King Institute of Preventive Medicine Micro-Biological Section reports 1909-11
Year: 1909
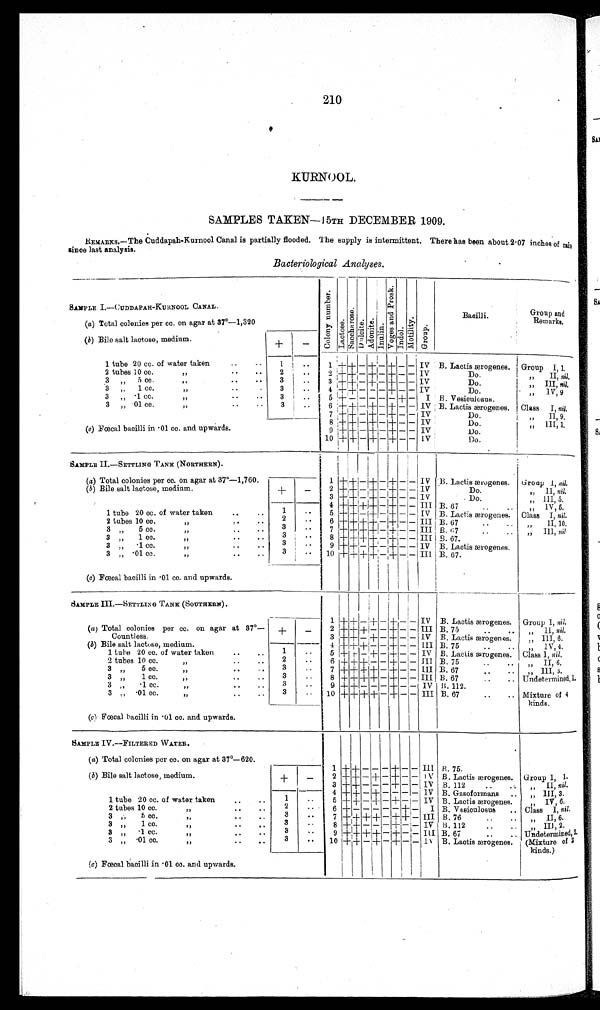
210
KURNOOL.
SAMPLES TAKEN-15TH DECEMBER 1909.
REMARKS,—The Cuddapah-Kurnool Canal is partially flooded. The supply is intermittent. There has been about 2 . 07 inches of rain
since last analysis.
Bacteriological Analyses.
SAMPLE I.—CUDDAPAH-KUR NOOL CANAL.
(a) Total colonies per cc. on agar at 37°—1,320
C o l o n y N u m b e r .
L a c t o s e .
S a c c h a r o s e .
Dul ci t e.
Adoni t e. Inul i n.
V o g e s a n d P r o s k .
Indol.
Mot i l i t y. G r o u p .
Bacilli.
Group and
Remarks.
(b) Bile salt lactose, medium.
+
-
1 tube 20 cc.
of
water taken
1
1
+ + - + - + - - IV B. Lactis ærogenes. Group I, 1.
2 tubes 10 cc.
"
2
2 + + - + - + - - IV
Do
"
II, nil.
3 " 5 cc.
"
3
3 + + - + - + - - IV
Do.
" III, nil.
3 "
1 cc.
"
.
3
4 + + - - - + - - IV
Do.
" 1V, 9
3 „ 1 cc.
"
3
.. 5 + - - - - - + -
I B. Vesiculosus.
3 „ 01 cc.
"
3
6 + + - + - + - - IV B. Lactis aarogenes. Class I, nil.
7 + + - + - + - - IV
Do
"
II, 9.
8 + + - + - + - - IV
Do.
" III, 1.
(c ) Fcecal bacilli in 01 cc. and upwards.
9 + + - + - + - - IV
Do.
10 + + - + -
+ - - IV
Do.
SAMPLE IL—SETTLING TANIC (NORTHERN).
(a ) Total colonies per cc. on agar at 37°—1,760.
(b) Bile salt lactose, medium.
+
-
1 + + - + - + - - IV B. Lactis ærogenes. Group 1, nil.
2 + + - + - + - - IV
Do.
" 11, nil.
3 + + - + - + - - IV
Do.
" 111, 5.
4 + + + + - + - - III B. 67
" I V, 5.
1 tube 20 cc. of water taken
1
..
5 + + - + - + - - IV B. Lactis ærogenes. Class T, nil.
2 tubes 10 cc.
"
2
..
6 ++ + + - + - - III B. 67
"
II, 10.
3 " 5 cc. "
3
..
7 + + + + - + - - III B. 67
" III, nil
3 " 1 cc.
"
3
..
8 + + + + - + - - III B. 67.
3 "
1 cc. "
3
..
9 + + - + - + - - IV B. Lactis ærogenes.
3 " 01 cc.
"
3
..
10 ++ + + - + - - III B. 67.
(a) Fœcal bacilli in 01 cc. and upwards.
SAMPLE III.—SETTLING TANK (SOUTHERN).
1 + + - + - + - - IV B. Lactis ærogenes. Group 1, nil.
(a) Total colonies per cc. on agar at 37°—
Countless.
(b) Bile salt lactose, medium.
+ -
2 + + + - - + - - III B. 75
11 nil.
3 + + - + - + - - IV B. Lactis ærogens.
" III, 6.
4 + ++ - - + - - III B. 75
" IV 4.
1 tube 20 cc. of water taken
1
..
5 + + - + - + - - IV B. Lactis æro genes. Class I, nil.
2 tubes 10 cc
"
2
..
6 + + + - - + - - III B. 75
..
.. " II, 6.
3 „
5 cc.
"
3
..
7 + + + + - + - - III B. 67
" III, 6.
3
1 cc.
"
3
..
8 + + + + - + - - III B. 67
Undetermined 1,
3 "
1 cc. "
3
..
9 + + - - - + - -
IV B. 112.
3 " 01 cc.
"
3
..
10 + + + + - + - - III B. 67
Mixture of 4
kind.
(c) Foal bacilli in 01 cc. and upwards.
SAMPLE IV.—FILTERED WATER.
(a) Total colonies per cc. on agar at 37°— 620.
( b) Bile salt lactose, medium.
+
-
1 + + - - - + - -
III B. 75.
2 + + - + - + - -
IV E. Lactis ærogenes. Group 1, 1.
3 + + - - - + - -
IV B. 112
,, II, nil.
4 + + - + - - - -
IV B. Gasoformans
" III, 3.
1 tube 20 cc. of water taken
1
..
5 + + - + - + - -
IV B. Lactis ærogenes.
" IV, 6.
2 tubes 10 cc.
"
2
..
6 + - - - - - + -
I B. Vesiculosus
Class I, nil.
3 " 5 cc.
"
3
..
7 + + + + - + + -
III B. 76
" II, 6.
3 "
1 co. "
3
..
8 + + - - - + - -
IV B. 112
" III, 2.
3 " 1 cc.
",
3
..
9 + + + + - + - -
III B. 67
Undetermined, 2.
3 " 01 cc.
"
3
..
10 + + -
+ - + - -
IV B. Lactis ærogenes. (Mixture of 3
kinds.)
(c) Fæeal bacilli in .01 co. and upwards.